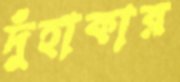
দুঁহাকার